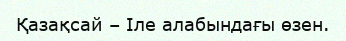
Қазақсай – Іле алабындағы өзен.